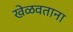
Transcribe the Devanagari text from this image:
खेळवताना